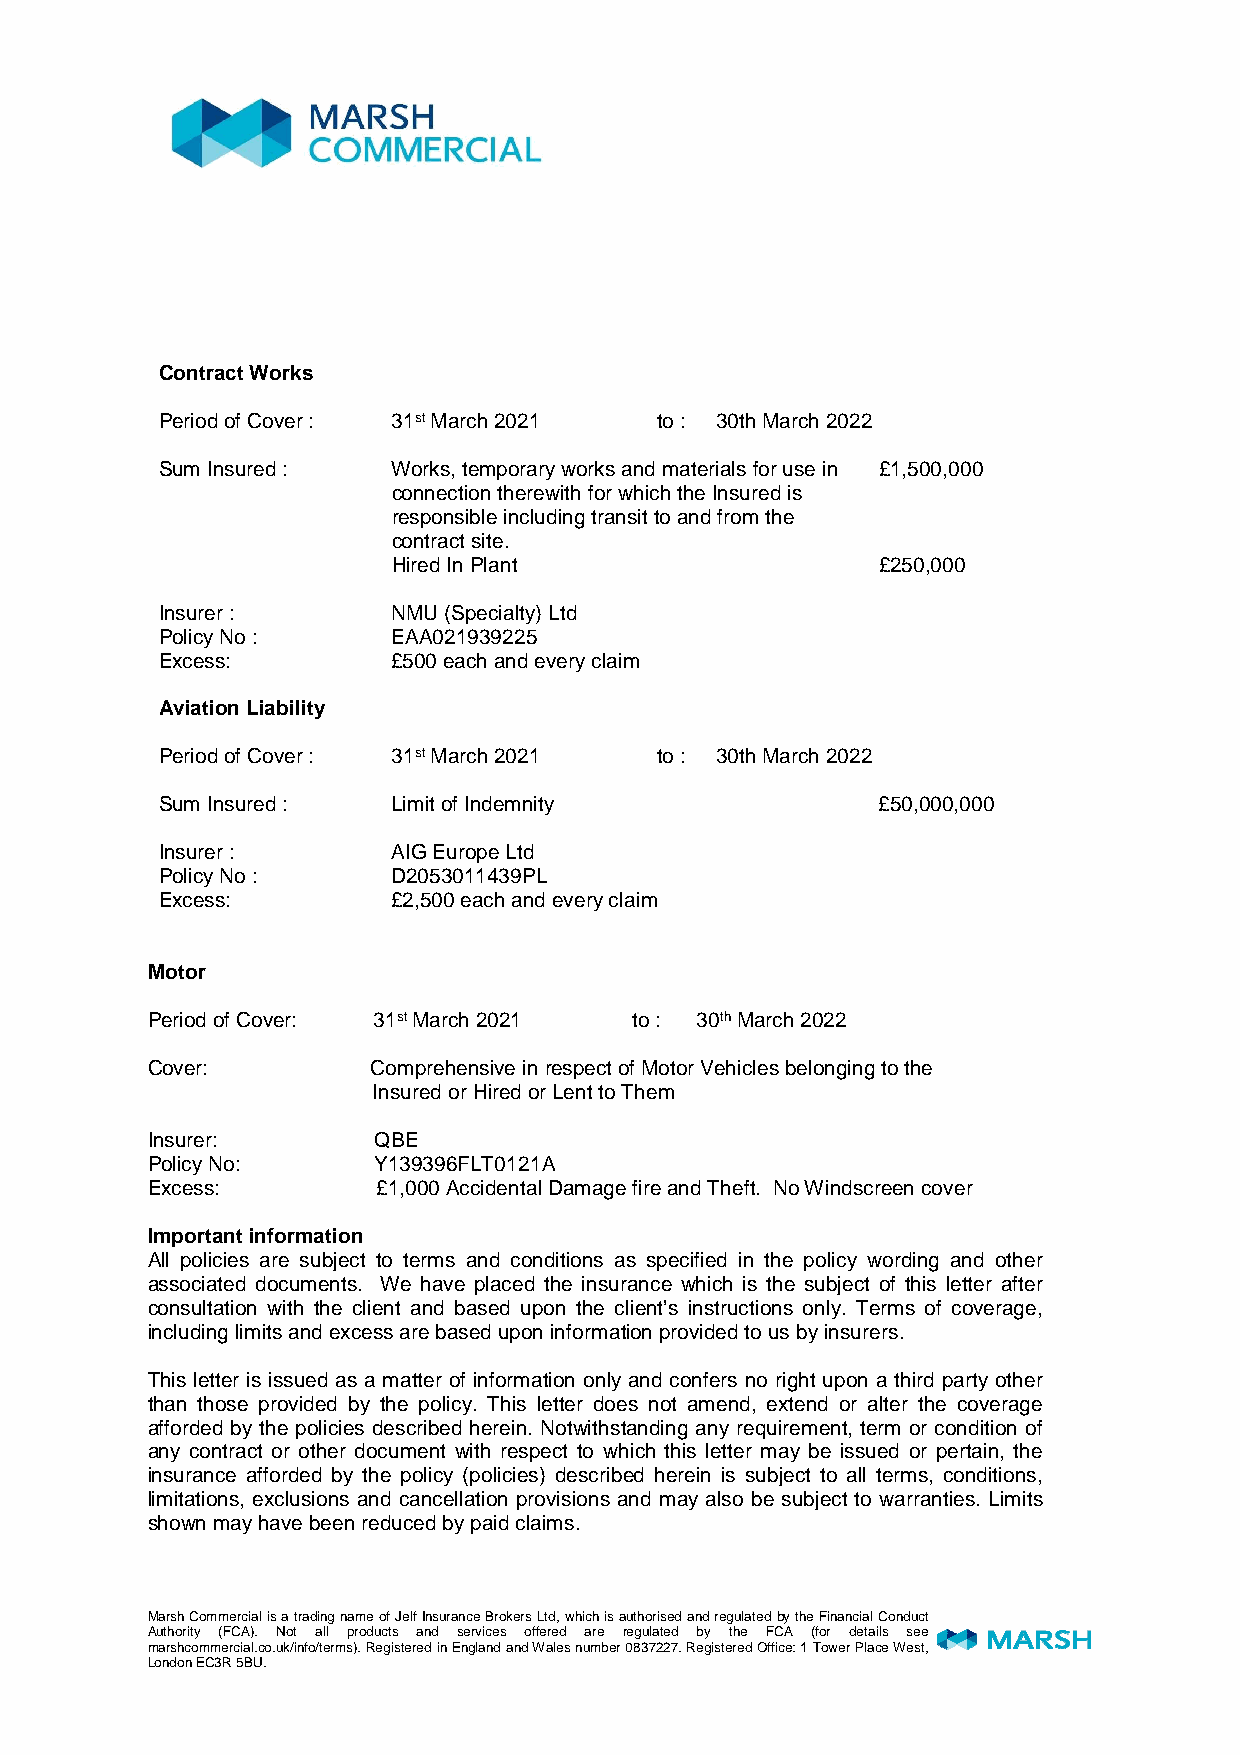
Contract Works
 Period of Cover : 31st March 2021 to : 30th March 2022
 Sum Insured :  Works, temporary works and materials for use in £1,500,000
 connection therewith for which the Insured is
 responsible including transit to and from the
 contract site.
 Hired In Plant                  £250,000
 Insurer :      NMU (Specialty) Ltd
 Policy No :    EAA021939225
 Excess:        £500 each and every claim
 Aviation Liability
 Period of Cover : 31st March 2021 to : 30th March 2022
 Sum Insured :  Limit of Indemnity              £50,000,000
 Insurer :      AIG Europe Ltd
 Policy No :    D2053011439PL
 Excess:        £2,500 each and every claim
 Motor
 Period of Cover: 31st March 2021 to : 30th March 2022
 Cover:         Comprehensive in respect of Motor Vehicles belonging to the
 Insured or Hired or Lent to Them
 Insurer:       QBE
 Policy No:     Y139396FLT0121A
 Excess:        £1,000 Accidental Damage fire and Theft. No Windscreen cover
 Important information
 All policies are subject to terms and conditions as specified in the policy wording and other
 associated documents. We have placed the insurance which is the subject of this letter after
 consultation with the client and based upon the client’s instructions only. Terms of coverage,
 including limits and excess are based upon information provided to us by insurers.
 This letter is issued as a matter of information only and confers no right upon a third party other
 than those provided by the policy. This letter does not amend, extend or alter the coverage
 afforded by the policies described herein. Notwithstanding any requirement, term or condition of
 any contract or other document with respect to which this letter may be issued or pertain, the
 insurance afforded by the policy (policies) described herein is subject to all terms, conditions,
 limitations, exclusions and cancellation provisions and may also be subject to warranties. Limits
 shown may have been reduced by paid claims.
 Marsh Commercial is a trading name of Jelf Insurance Brokers Ltd, which is authorised and regulated by the Financial Conduct
 Authority (FCA). Not all products and services offered are regulated by the FCA (for details see
 marshcommercial.co.uk/info/terms). Registered in England and Wales number 0837227. Registered Office: 1 Tower Place West,
 London EC3R 5BU.